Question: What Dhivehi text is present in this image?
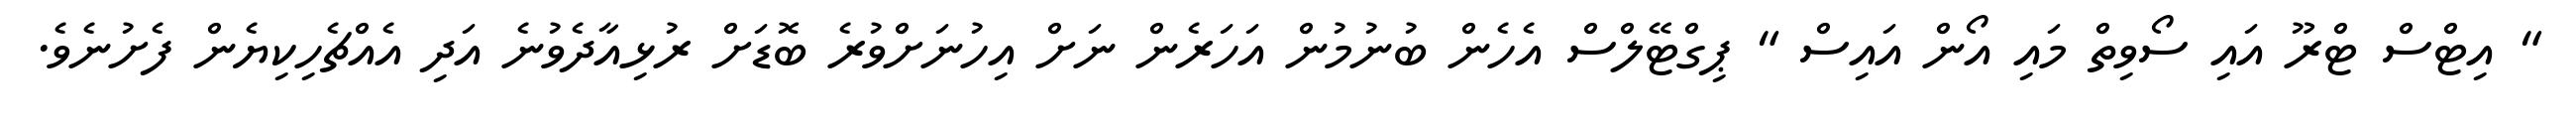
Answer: " އިޓްސް ޓްރޫ އައި ސޯވިތް މައި އޯން އައިސް " ޕިގްޓޭލްސް އެހެން ބުނުމުން އަހަރެން ނަށް އިހުނަށްވުރެ ބޮޑަށް ރުޅިއާދެވުނެ އަދި އެއްޗެހިކިޔެން ފެށުނެވެ.